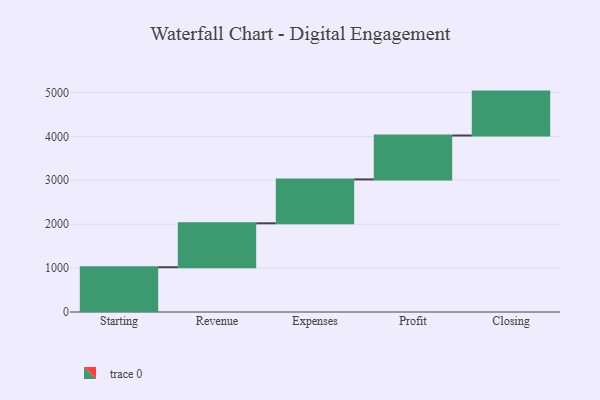
{"axis": {"x": "Step", "y": "Value"}, "legend": [""], "data": [{"x": "Starting", "y": 1020.0, "type": ""}, {"x": "Revenue", "y": 1000, "type": ""}, {"x": "Expenses", "y": 1000, "type": ""}, {"x": "Profit", "y": 1000, "type": ""}, {"x": "Closing", "y": 1000, "type": ""}]}